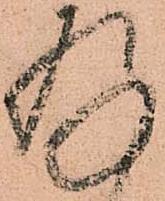
存